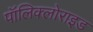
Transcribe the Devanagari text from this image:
पॉलिक्लोराइड